Indian journal of veterinary science and animal husbandry - Volumes 15-17, 1948-1951
Year: 1948
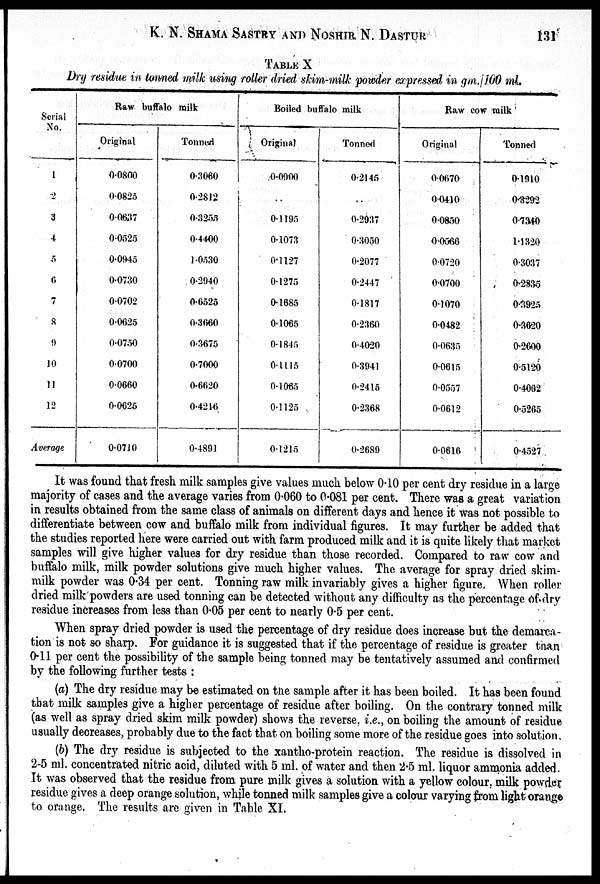
K. N. SHAMA SASTRY AND NOSHIR N.
DASTUR
131
TABLE X
Dry residue in tonned milk using roller dried skim-milk powder expressed in gm./100 ml.
Serial
No.
1
2
3
4
5
6
7
8
9
10
11
12
Average
Raw buffalo milk
Original
0.0800
0.0825
0.0637
0.0525
0.0945
0.0730
0.0702
0.0625
0.0750
0.0700
0.0660
0.0625
0.0710
Tonned
0.3060
0.2812
0.3255
0.4400
1.0530
0.2940
0.6525
0.3660
0.3675
0.7000
0.6620
0.4216
0.4891
Boiled buffalo milk
Original
0.0900
. .
0.1195
0.1073
0.1127
0.1275
0.1685
0.1065
0.1845
0.1115
0.1065
0.1125
0.1215
Tonned
0.2145
. .
0.2037
0.3050
0.2077
0.2447
0.1817
0.2360
0.4020
0.3941
0.2415
0.2368
0.2689
Raw cow milk
Original
0.0670
0.0410
0.0850
0.0566
0.0720
0.0700
0.1070
0.0482
0.0635
0.0615
0.0557
0.0612
0.0616
Tonned
0.1910
0.3292
0.7340
1.1320
0.3037
0.2835
0.3925
0.3620
0.2600
0.5120
0.4062
0.5265
0.4527
It was found that fresh milk samples give values much below 0.10 per cent dry residue in a large
majority of cases and the average varies from 0.060 to 0.081 per cent. There was a great variation
in results obtained from the same class of animals on different days and hence it was not possible to
differentiate between cow and buffalo milk from individual figures. It may further be added that
the studies reported here were carried out with farm produced milk and it is quite likely that market
samples will give higher values for dry residue than those recorded. Compared to raw cow and
buffalo milk, milk powder solutions give much higher values. The average for spray dried skim-
milk powder was 0.34 per cent. Tonning raw milk invariably gives a higher figure. When roller
dried milk powders are used tonning can be detected without any difficulty as the percentage of dry
residue increases from less than 0.05 per cent to nearly 0.5 per cent.
When spray dried powder is used the percentage of dry residue does increase but the demarca-
tion is not so sharp. For guidance it is suggested that if the percentage of residue is greater than
0.11 per cent the possibility of the sample being tonned may be tentatively assumed and confirmed
by the following further tests :
(a) The dry residue may be estimated on the sample after it has been boiled. It has been found
that milk samples give a higher percentage of residue after boiling. On the contrary tonned milk
(as well as spray dried skim milk powder) shows the reverse, i.e., on boiling the amount of residue
usually decreases, probably due to the fact that on boiling some more of the residue goes into solution.
(b) The dry residue is subjected to the xantho-protein reaction. The residue is dissolved in
2-5 ml. concentrated nitric acid, diluted with 5 ml. of water and then 2.5 ml. liquor ammonia added.
It was observed that the residue from pure milk gives a solution with a yellow colour, milk powder
residue gives a deep orange solution, while tonned milk samples give a colour varying from light orange
to orange. The results are given in Table XI.